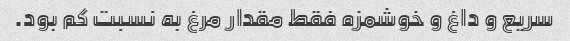
سریع و داغ و خوشمزه فقط مقدار مرغ به نسبت کم بود.